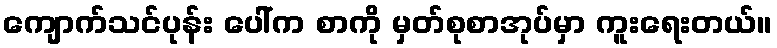
ကျောက်သင်ပုန်း ပေါ်က စာကို မှတ်စုစာအုပ်မှာ ကူးရေးတယ်။